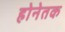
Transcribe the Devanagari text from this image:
होनेतक